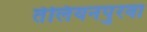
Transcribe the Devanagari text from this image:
तेलियनपुरवा